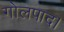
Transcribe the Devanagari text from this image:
गोलपाद।